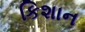
કિશાન